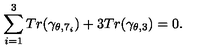
\sum _ { i = 1 } ^ { 3 } T r ( \gamma _ { \theta , 7 _ { i } } ) + 3 T r ( \gamma _ { \theta , 3 } ) = 0 .